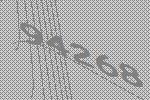
94268